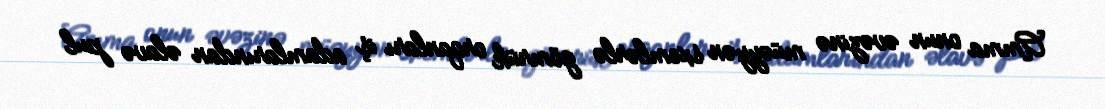
Amma onun əvəzinə müəyyən sxemlərlə gömrük orqanları iş adamlarından əlavə pul